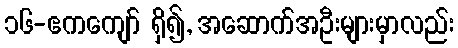
၁၆-ဧကကျော် ရှိ၍, အဆောက်အဦးများမှာလည်း